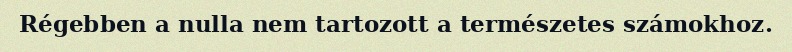
Régebben a nulla nem tartozott a természetes számokhoz.